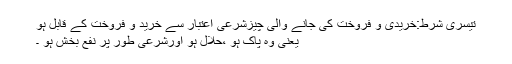
تیسری شرط:خریدی و فروخت کی جانے والی چیزشرعی اعتبار سے خرید و فروخت کے قابل ہو
یعنی وہ پاک ہو ،حلال ہو اورشرعی طور پر نفع بخش ہو ۔